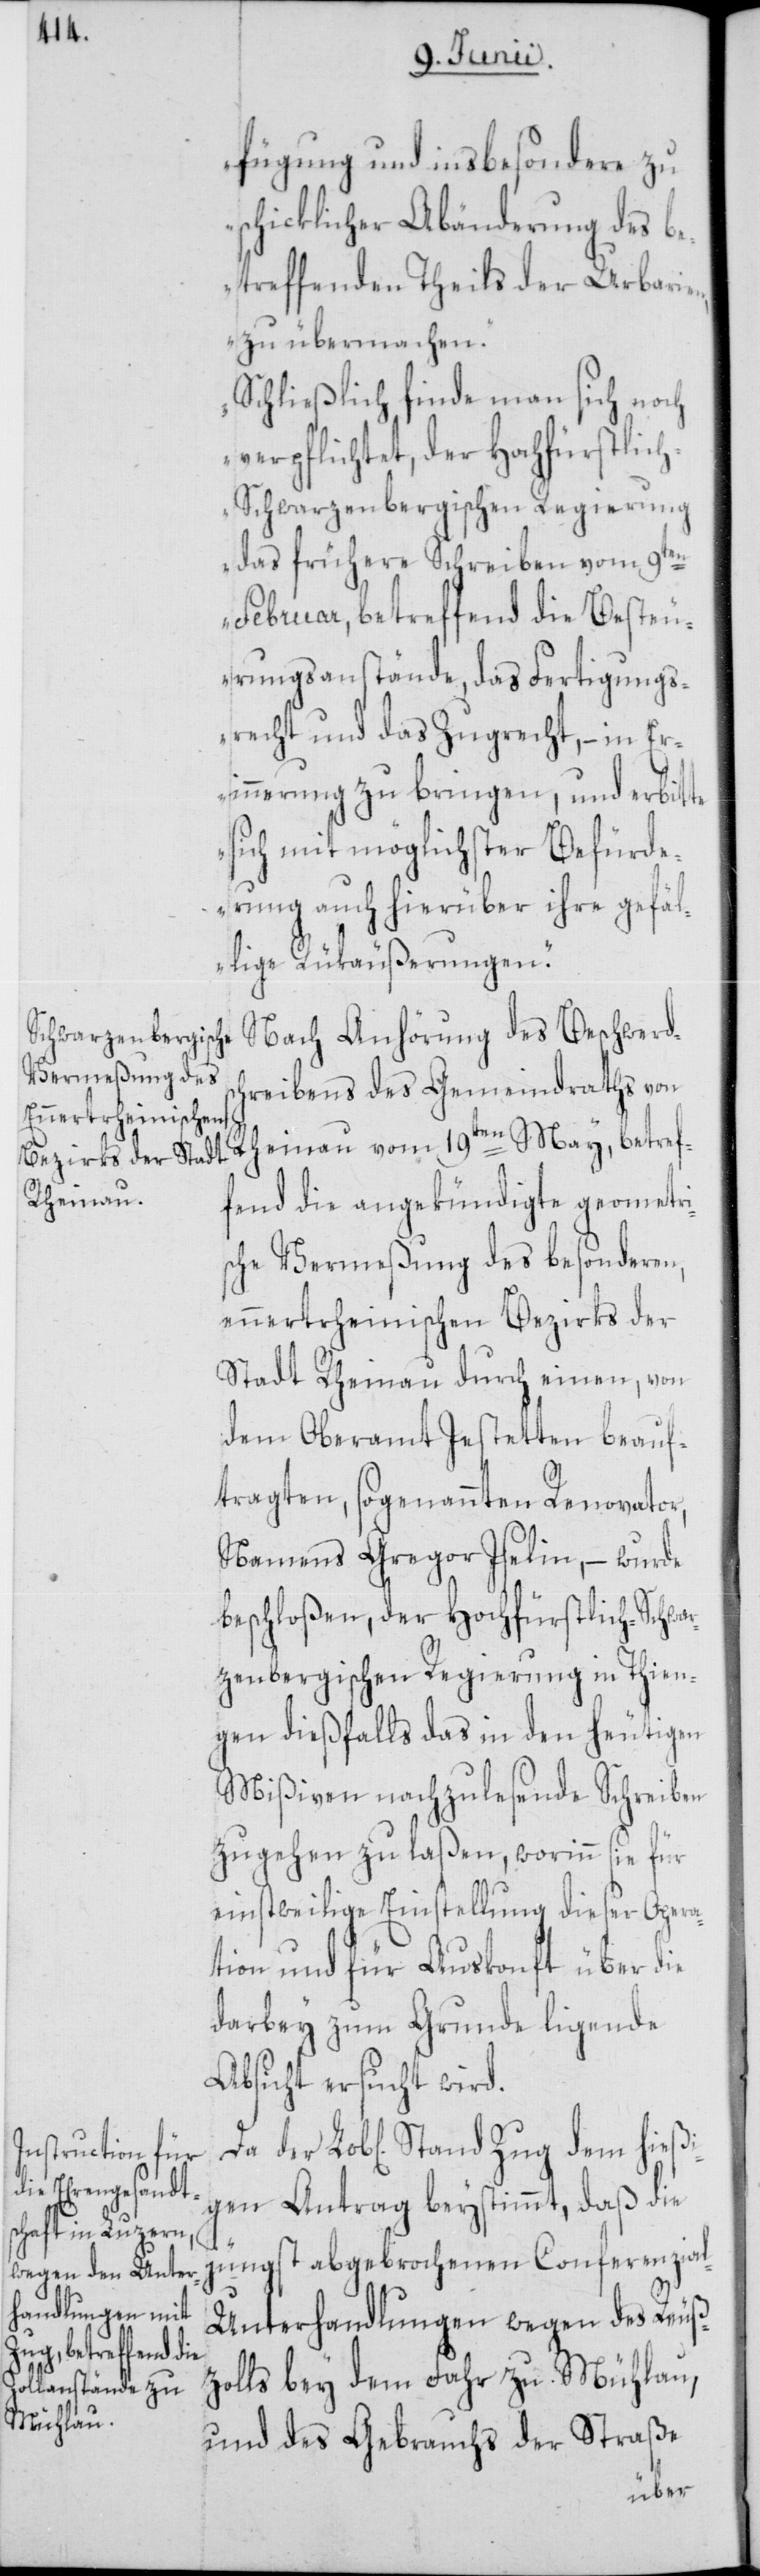
fügung und insbesondere zu
schicklicher Abänderung des be¬
treffenden Theils der Urbarien,
zu übermachen.
Schließlich finde man sich noch
verpflichtet, der Hochfürstlic¬
h-Schwarzenbergischen Regierung
das frühere Schreiben vom 9ten
Februar, betreffend die Besteu¬
rungsanstände, das Fertigungs¬
recht und das Zugrecht, – in Er¬
innerung zu bringen, und erbitte
sich mit möglichster Befürde¬
rung auch hierüber ihre gefäl¬
lige Rükäußerungen.“
Nach Anhörung des Beschwerds¬
hreibens des Gemeindraths von
Rheinau vom 19ten May, betref¬
fend die angekündigte geometri¬
sche Vermeßung des besonderen,
ennertrheinischen Bezirks der
Stadt Rheinau durch einen, von
dem Oberamt Jestetten beauf¬
tragten, sogenannten Renovator,
Namens Gregor Iselin, – wurde
beschloßen, der Hochfürstlich-Schwar¬
zenbergischen Regierung in Thien¬
gen dießfalls das in den heutigen
Mißiven nachzulesende Schreiben
zugehen zu laßen, worinn sie für
einstweilige Einstellung dieser Opera¬
tion und für Auskonft über die
darbey zum Grunde ligende
Absicht ersucht wird.
Lob[liche] Stand Zug dem hießi¬
gen Antrag beystimmt, daß die
c¬
jüngst abgebrochenen Conferenzia¬
l-Unterhandlungen wegen des Reußz¬
olls bey dem Fahr zu Mühlau,
und des Gebrauchs der Straße